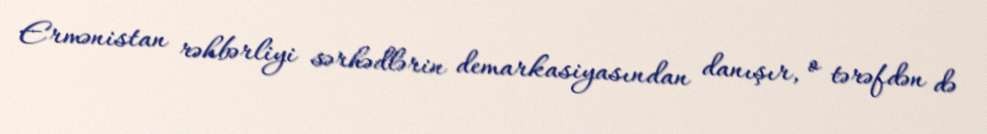
Ermənistan rəhbərliyi sərhədlərin demarkasiyasından danışır, o tərəfdən də